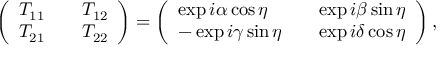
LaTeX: \left( \begin{array} { l l l } { { T _ { 1 1 } } } & { { } } & { { T _ { 1 2 } } } \\ { { T _ { 2 1 } } } & { { } } & { { T _ { 2 2 } } } \end{array} \right) = \left( \begin{array} { l l l } { { \exp { i \alpha } \cos { \eta } } } & { { } } & { { \exp { i \beta } \sin { \eta } } } \\ { { - \exp { i \gamma } \sin { \eta } } } & { { } } & { { \exp { i \delta } \cos { \eta } } } \end{array} \right) ,